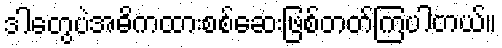
ဒါတွေပဲအဓိကထားစစ်ဆေးဖြစ်တတ်ကြပါတယ်။